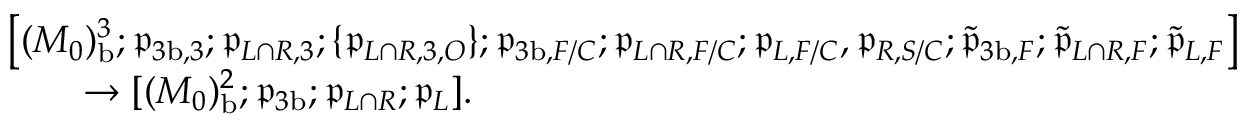
\begin{array} { r l } & { \bigl [ ( M _ { 0 } ) _ { \mathrm { b } } ^ { 3 } ; \mathfrak { p } _ { { 3 \mathrm { b } } , 3 } ; \mathfrak { p } _ { L \cap R , 3 } ; \{ \mathfrak { p } _ { L \cap R , 3 , O } \} ; \mathfrak { p } _ { { 3 \mathrm { b } } , F / C } ; \mathfrak { p } _ { L \cap R , F / C } ; \mathfrak { p } _ { L , F / C } , \mathfrak { p } _ { R , S / C } ; \tilde { \mathfrak { p } } _ { { 3 \mathrm { b } } , F } ; \tilde { \mathfrak { p } } _ { L \cap R , F } ; \tilde { \mathfrak { p } } _ { L , F } \bigr ] } \\ & { \qquad \to [ ( M _ { 0 } ) _ { \mathrm { b } } ^ { 2 } ; \mathfrak { p } _ { 3 \mathrm { b } } ; \mathfrak { p } _ { L \cap R } ; \mathfrak { p } _ { L } ] . } \end{array}